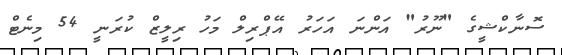
ސޮނާކްޝީގެ "ނޫރު" އަންނަ އަހަރު އޭޕްރިލް މަހު ރިލީޒް ކުރަނީ 54 މިނެޓް